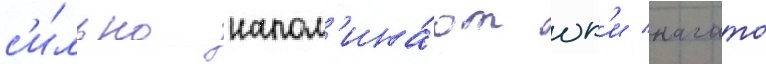
с'и́льно напом'ина́ют юк'и нагато